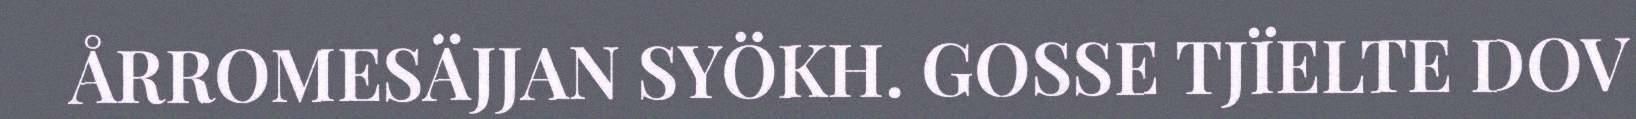
ÅRROMESÄJJAN SYÖKH. GOSSE TJÏELTE DOV